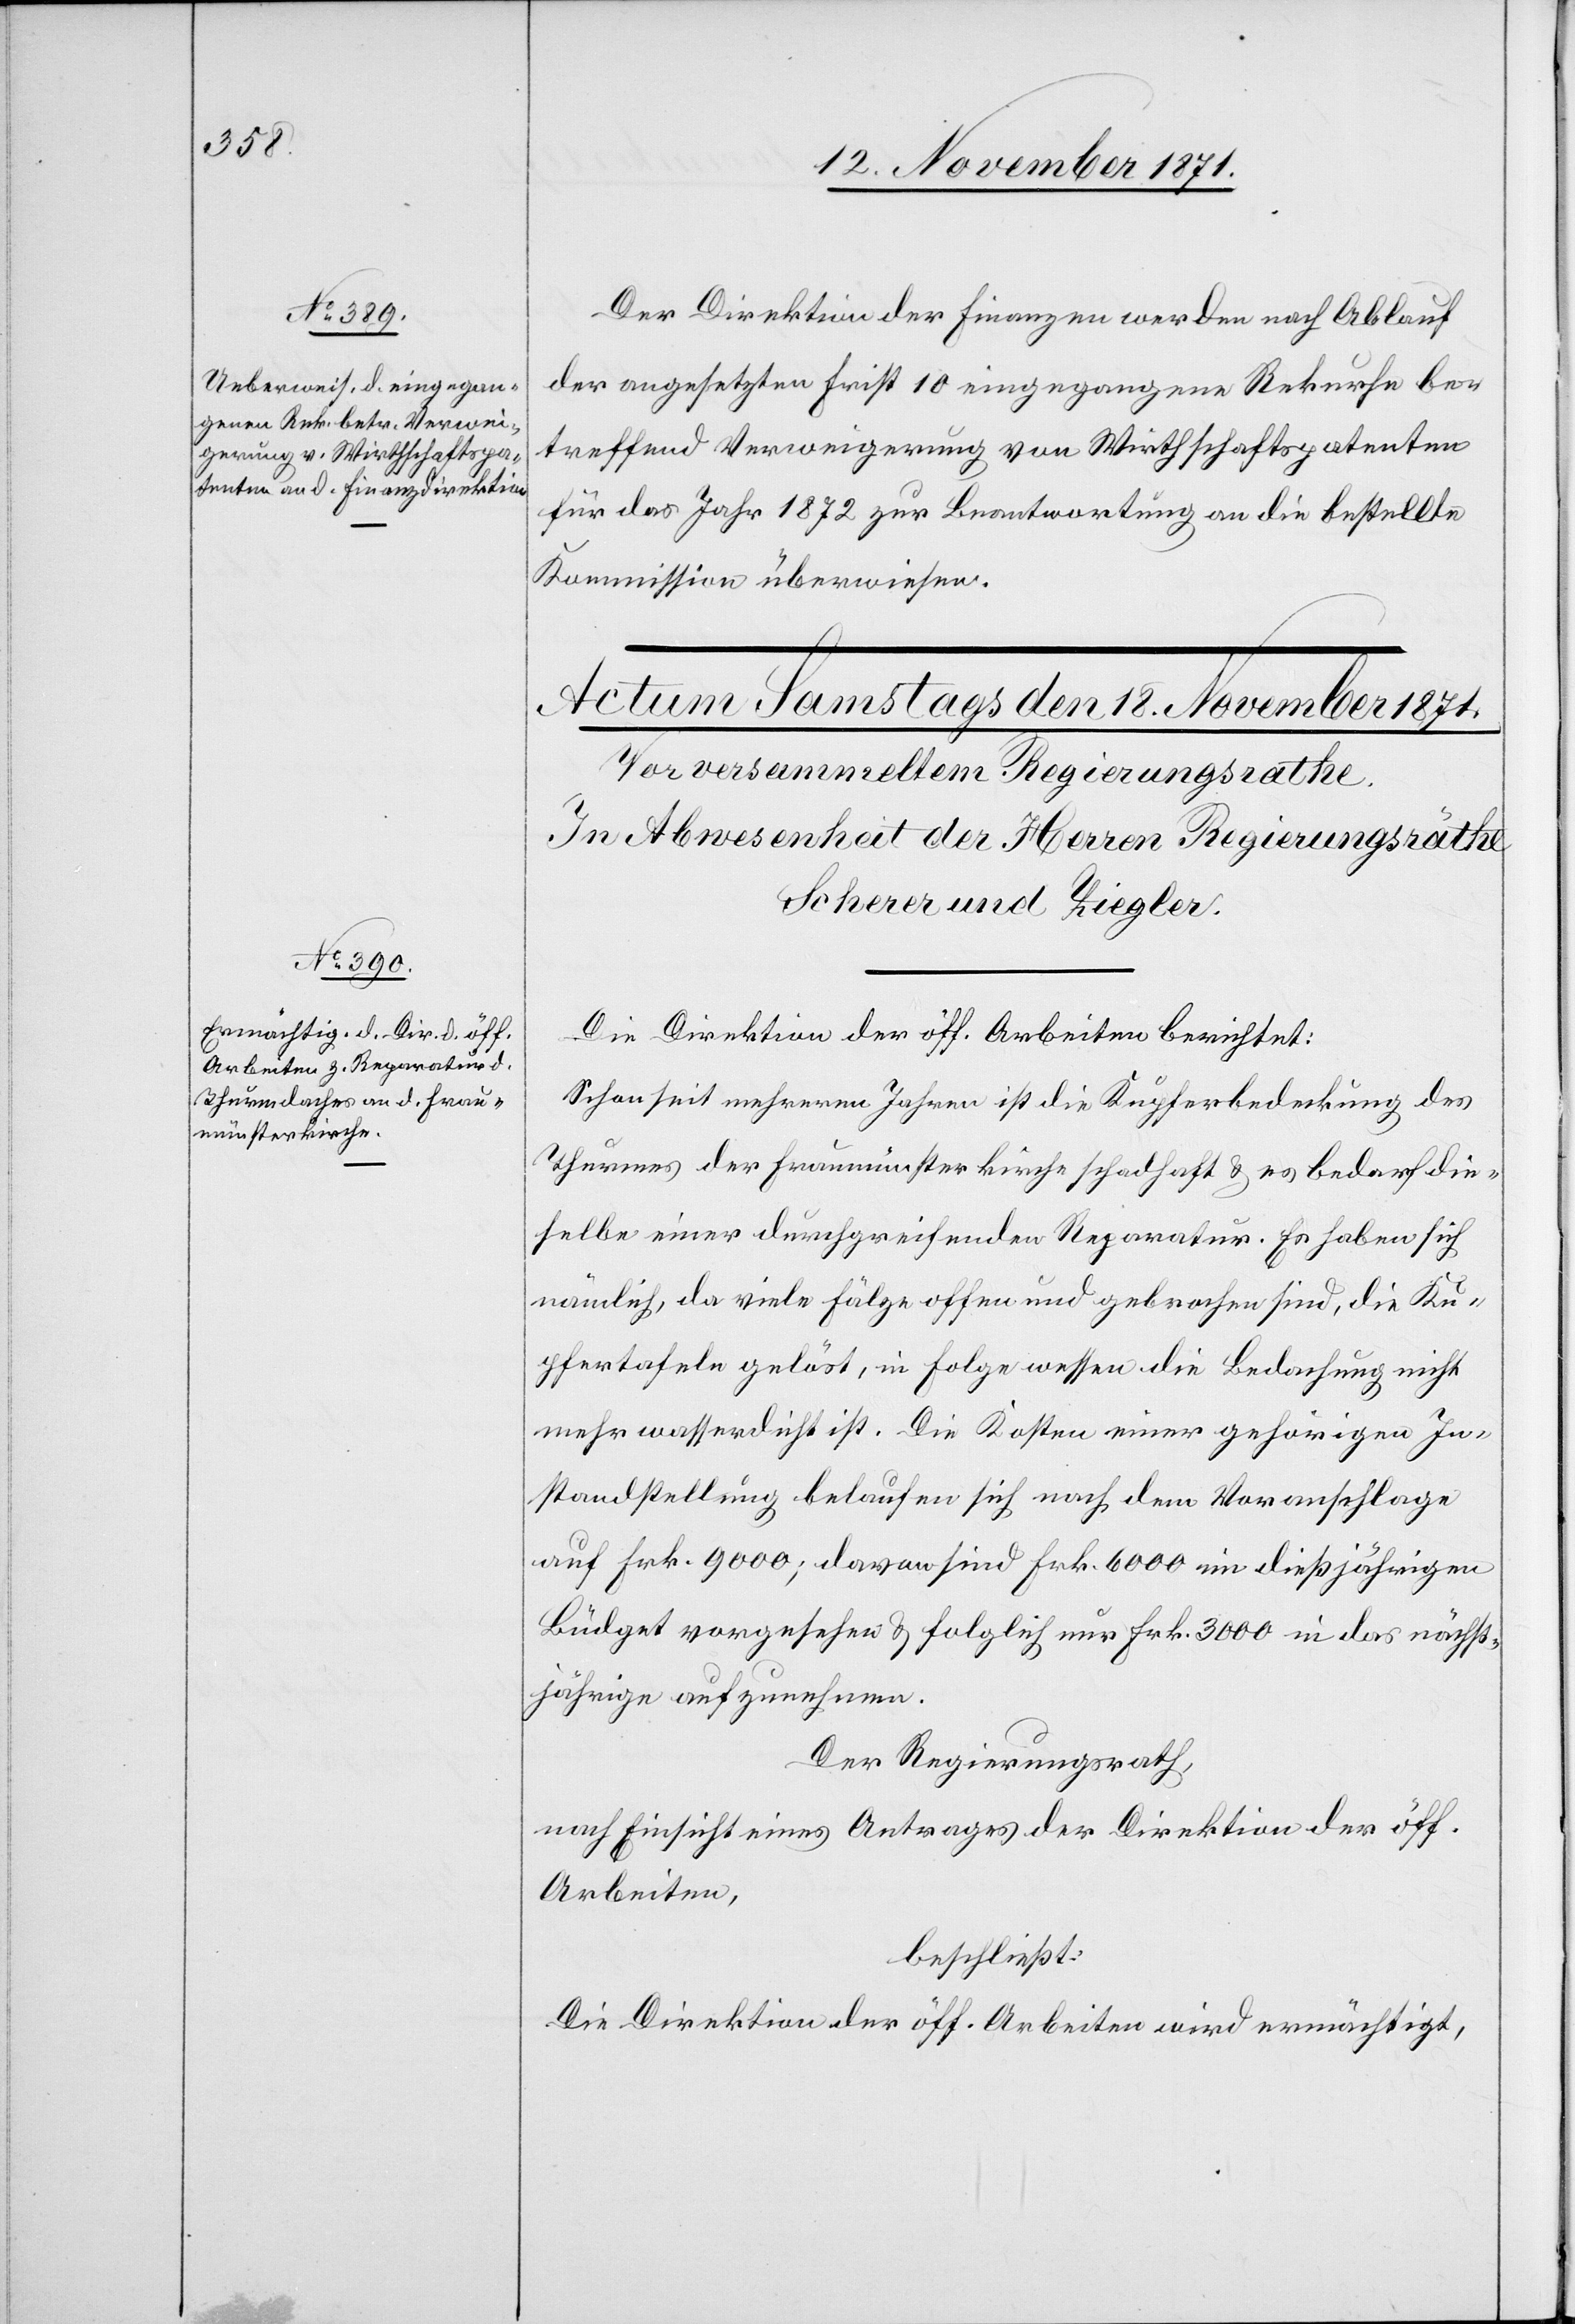
17. November 1871.]
Der Direktion der Finanzen werden nach Ablauf
der angesetzten Frist 10 eingegangene Rekurse be¬
treffend Verweigerung von Wirthschaftspatenten
für das Jahr 1872 zur Beantwortung an die bestellte
Kommission überwiesen.
Die Direktion der öff. Arbeiten berichtet:
Schon seit mehreren Jahren ist die Kupferbedeckung des
Thurmes der Fraumünsterkirche schadhaft & es bedarf die¬
selbe einer durchgreifenden Reparatur. Es haben sich
nämlich, da viele Fälge offen und gebrochen sind, die Ku¬
pfertafeln gelöst, in Folge wessen die Bedachung nicht
mehr wasserdicht ist. Die Kosten einer gehörigen In¬
standstellung belaufen sich nach dem Voranschlage
auf Frk. 9000; davon sind Frk. 6000 im dießjährigen
Büdget vorgesehen & folglich nur Frk. 3000 in das nächst¬
jährige aufzunehmen.
Der Regierungsrath,
nach Einsicht eines Antrages der Direktion der öff.
Arbeiten,
beschließt:
Die Direktion der öff. Arbeiten wird ermächtigt,